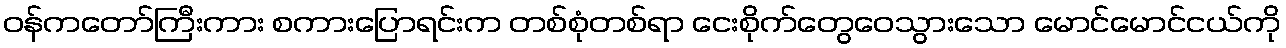
ဝန်ကတော်ကြီးကား စကားပြောရင်းက တစ်စုံတစ်ရာ ငေးစိုက်တွေဝေသွားသော မောင်မောင်ငယ်ကို